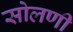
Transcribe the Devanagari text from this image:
सोलणी